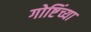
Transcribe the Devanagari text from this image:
गोष्टिंच्या